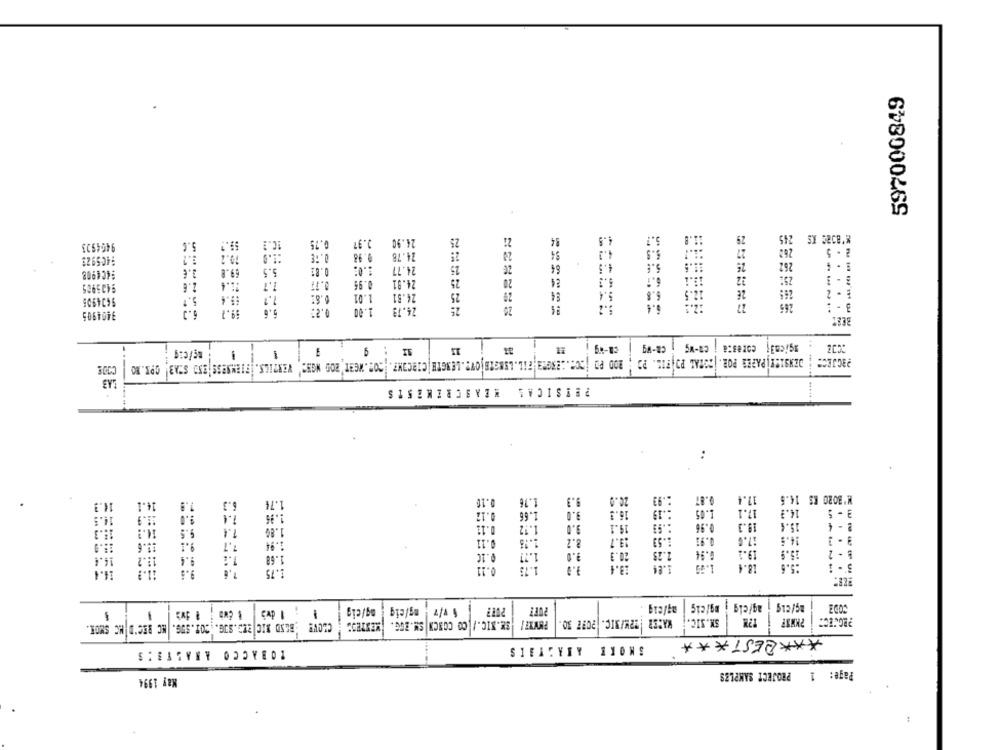
597000849
24.90
25
84
4.8
29
245
9404923
5.6
0.75
2.97
70.2
:1.9
0.78
0.98
24.78
20
$4
4.1
262
2 . 5
1405973
262
3.6
69.8
5.5
0.81
1.0:
24.77
25
20
4.5
:404908
24
25:
9405985
2.6
11.4
1.7
0.77
0.95
24.91
25
20
6.3
0.61
2.4
26
265
E - 2
9434905
5.7
19.4
1.01
24.81
25
29
5.6
24.79
17
265
6.3
9.7
0.2:
1.00
-----
======
BEET
ch-Wg
Ca-Wg
agicn3; cores:a j ca-wg
: ng/c :*
!! : 9
..
DENSICE PAPER POR. TOTAL PO FIL. PO
PaCJECE
CODE
-
ROD PO CC :.: 23GR3;FIL. LENGRE OW ?. LENGTE |CIRCOM ?. COR. WERT'ROD NGS"' VENTILS. FIENNESS'850 STA3' OPI. NO
BEISICAS HEASCREMESIS
14.3
14.1
1.9
6.3
1.74
0.10
1.76
9.3
20.0
:. 93
0.87
17.4
M' BORO ES 14.6
:. 19
1.05
17.1
14.3
3 -5
14.5
11.9
9.0
1.1
1.1
0.12
1.66
9.0
16.3
9.0
19.1
0.96
19.3
15.4
2 - 4
11.3
14.9
9.5
1.86
0.11
1.12
0.11
1.15
8.2
13.7
1.53
1.91
17.0
14.5
11.6
9.1
7.7
1.9
11.2
94
1.4
1.68
0.10
9.0
20.3
2.28
19.1
15.9
:5.6
9.8
1.75
0.11
1.73
1.9
3.4
1.84
18.4
14.4
og/cig
ng/cig
$ 1/7
ag/eig | ngfeig
1
-
..
-
3X.XIC./ CO CONCN SM.EGG. MENTES"
2097 30.
22W/BIC.
RACER
SK.SIC.
CLOVE BESO NIC BUG.SUG .. COT.SUG. MC REC'D MC SMOR.
*** BEST ***
TOBACCO ANASTE'S
SMOKE ANALYSIS
PROJECT SAMPLES
1
Page:
Kay 1994